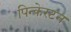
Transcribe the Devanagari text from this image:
पिन्केरटन